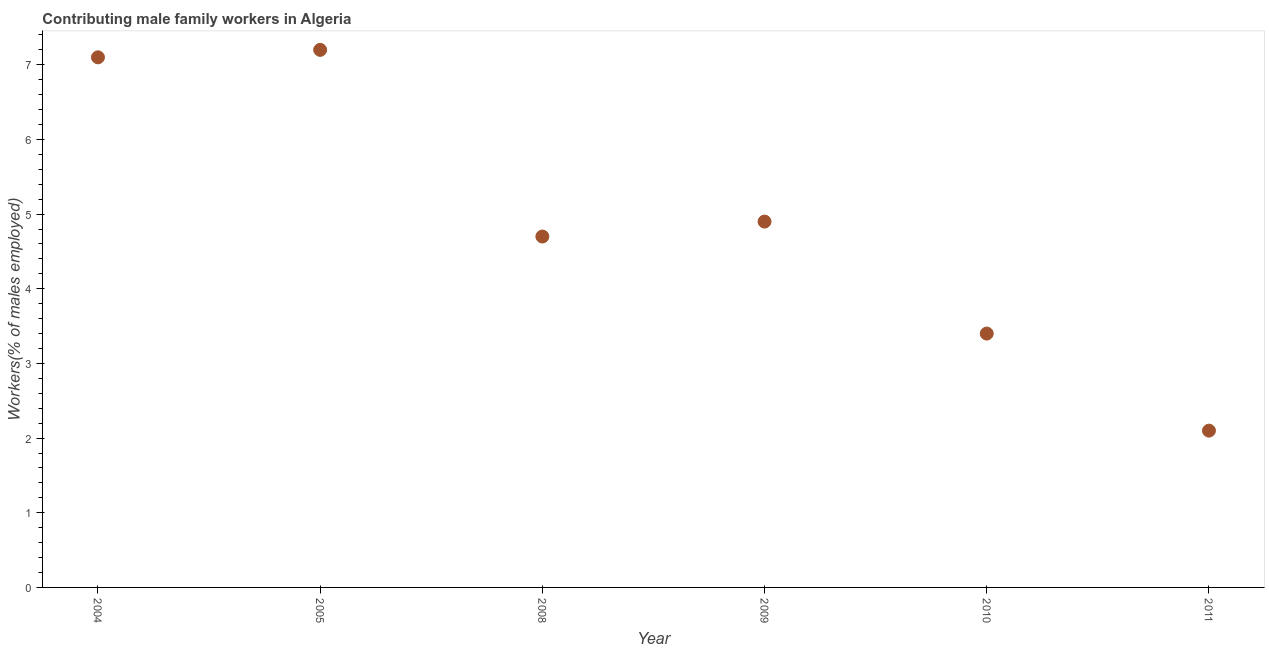
| Year | Contributing family workers |
 | --- | --- |
 | 2004 | 7.1 |
 | 2005 | 7.2 |
 | 2008 | 4.7 |
 | 2009 | 4.9 |
 | 2010 | 3.4 |
 | 2011 | 2.1 |